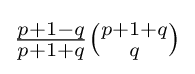
{\tfrac {p+1-q}{p+1+q}}{\tbinom {p+1+q}{q}}